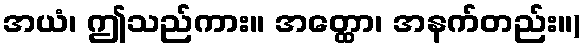
အယံ၊ ဤသည်ကား။ အတ္ထော၊ အနက်တည်း။)